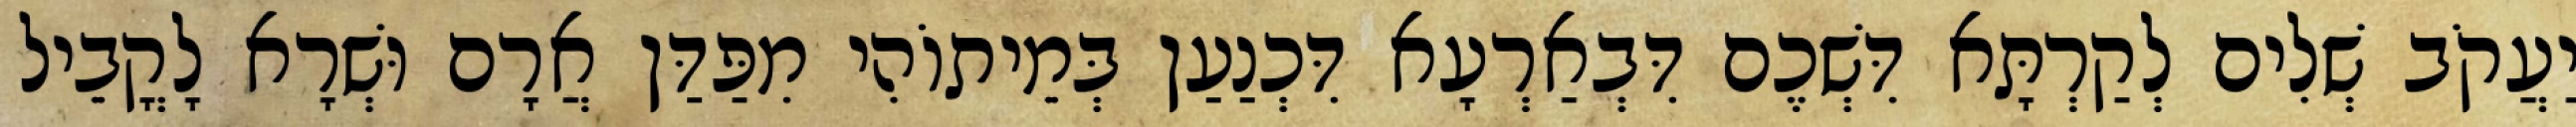
יַעֲקֹב שְׁלִים לְקַרְתָּא דִּשְׁכֶם דִּבְאַרְעָא דִּכְנַעַן בְּמֵיתוֹהִי מִפַּדַּן אֲרָם וּשְׁרָא לָקֳבֵיל